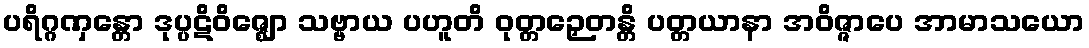
ပရိဂ္ဂဏှန္တော ဒုပ္ပဋိဝိဇ္ဈော သဗ္ဗာယ ပဟူတိ ဝုတ္တဉှေတန္တိ ပတ္တယာနာ အဝိဇ္ဇာပေ အာမာသယော